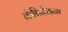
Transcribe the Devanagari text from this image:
कंबिनेशन्स